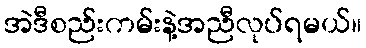
အဲဒီစည်းကမ်းနဲ့အညီလုပ်ရမယ်။